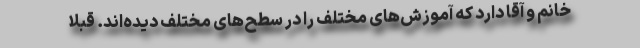
خانم و آقا دارد که آموزش‌های مختلف را در سطح‌های مختلف دیده‌اند. قبلا